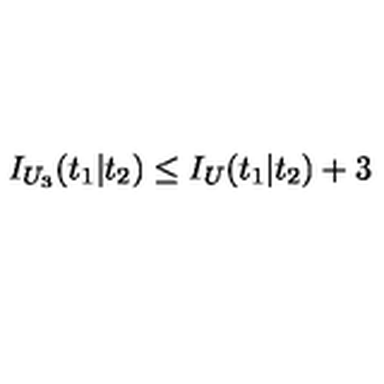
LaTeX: I _ { U _ { 3 } } ( t _ { 1 } | t _ { 2 } ) \leq I _ { U } ( t _ { 1 } | t _ { 2 } ) + 3